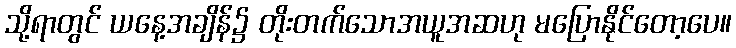
သို့ရာတွင် ယနေ့အချိန်၌ တိုးတက်သောအယူအဆဟု မပြောနိုင်တော့ပေ။